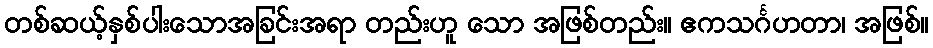
တစ်ဆယ့်နှစ်ပါးသောအခြင်းအရာ တည်းဟူ သော အဖြစ်တည်း။ ဧကသင်္ဂဟတာ၊ အဖြစ်။